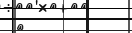
١